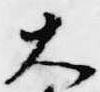
大